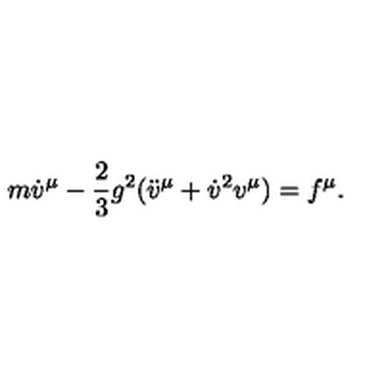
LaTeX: m { \dot { v } } ^ { \mu } - { \frac 2 3 } g ^ { 2 } ( { \ddot { v } } ^ { \mu } + { \dot { v } } ^ { 2 } v ^ { \mu } ) = f ^ { \mu } .